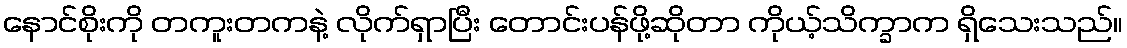
နောင်စိုးကို တကူးတကနဲ့ လိုက်ရှာပြီး တောင်းပန်ဖို့ဆိုတာ ကိုယ့်သိက္ခာက ရှိသေးသည်။